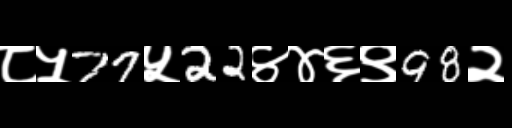
Text: ८५77५22४४६९98२